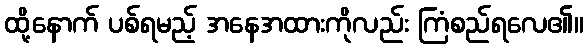
ထို့နောက် ပစ်ရမည့် အနေအထားကိုလည်း ကြံစည်ရလေ၏။